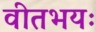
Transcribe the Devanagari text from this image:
वीतभयः